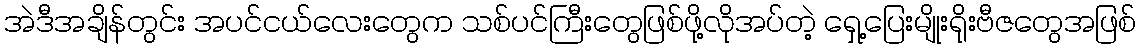
အဲဒီအချိန်တွင်း အပင်ငယ်လေးတွေက သစ်ပင်ကြီးတွေဖြစ်ဖို့လိုအပ်တဲ့ ရှေ့ပြေးမျိုးရိုးဗီဇတွေအဖြစ်